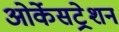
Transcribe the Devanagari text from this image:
ओर्केसट्रेशन